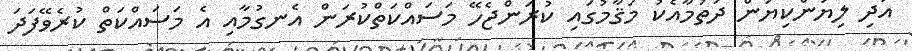
އަދި ލިޔަންކިޔަން ދަތުމާއެކު މަޤާމުގައި ކުރަންޖެހޭ މަސައްކަތްކުރަން އެނގުމާއި އެ މަސައްކަތް ކުރެވޭފަދަ